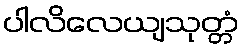
ပါလိလေယျသုတ္တံ